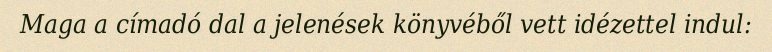
Maga a címadó dal a jelenések könyvéből vett idézettel indul: